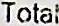
TOTAL